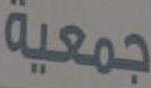
جمعية